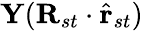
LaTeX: \mathbf{Y}(\mathbf{R}_{st}\cdot\hat{\mathbf{r}}_{st})